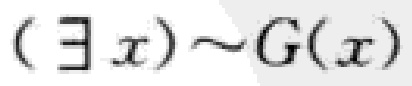
\((\exists x)\sim G(x)\)